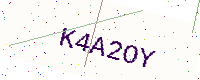
Text: K4A2OY